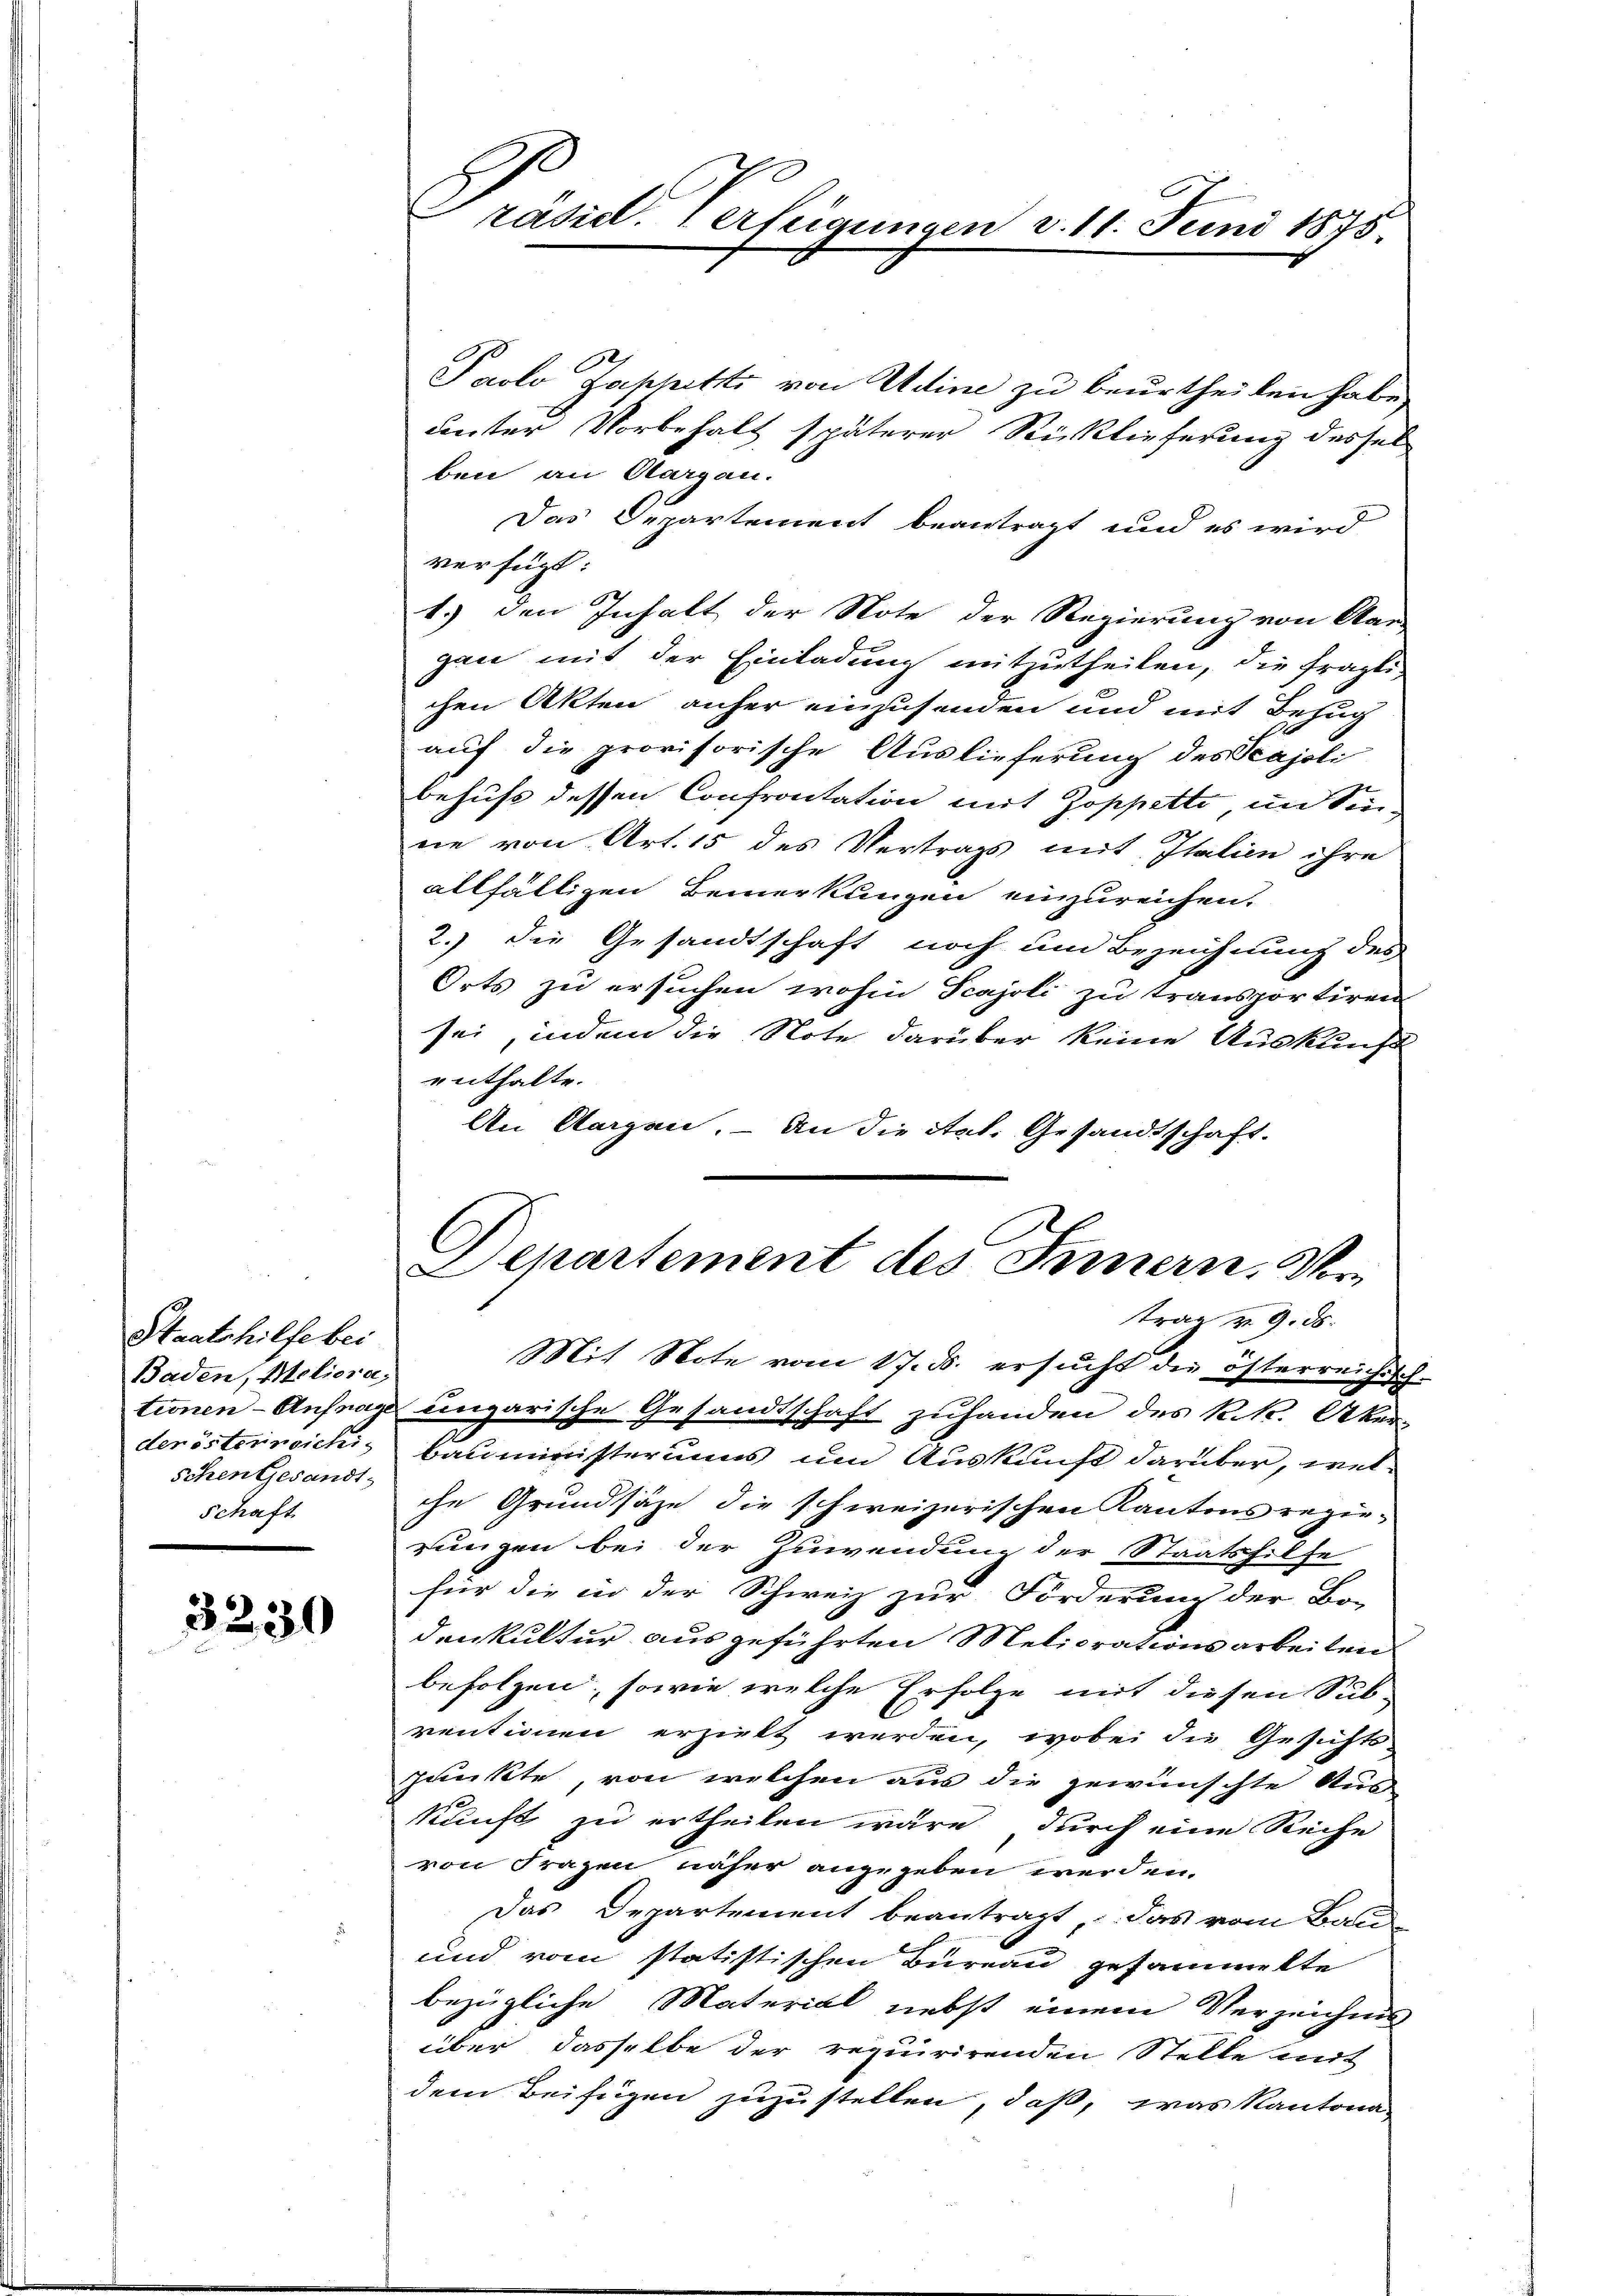
Staatshilfe bei
Baden, Moliora
derösterinsichi¬
Schen Gesandt
Schaft

3230

.

räsid. Verfeigungen v. 11. Juni 1875.

Paolo Jahhitz von Adine zu beurtheilen habe.
unter Vorbehalt späterer Rücklieferung dessel
ben an Aargau.
Das Departement beantragt und es wird
verfügt:
1.) den Inhalt der Note der Regierung von Aar-
gan mit der Einladung mitzutheilen, die fragti-
chen Akten anher einzusenden und mit Bezug
auf die provisorische Auslieferung des Scajoli
behufs dessen Confrontation mit Zoppetto, in Seinie von Art. 15 des Vertrags mit Italien ihre
allfälligen Bemerkungen einzureichen.
2.) die Gesandtschaft noch um Bezeichnung des
Orts zu ersuchen wohin Scajoli zu transportiren
sei, indem die Note darüber keine Ausklucht
enthalte.
An Aargau. – An die Art. Gesandtschaft.
C
Departement des Innern, Vertrag v. 9. ds.
Mit Note vom 17. ds. ersucht die österreichisch-
tionen - Anfrage eingarische Gesandtschaft zuhanden des k.k. Aker-
Bauministeriums und Auskunft darüber, welche Grundsäze die schweizerischen Kantons rezie-
rungen bei der Zuwendung der Staatshilfe
für die in der Schweiz zur Forderung der Bo-
denkultur ausgeführten Meliorationsarbeiten
befolgen, sowie welche Erfolge mit diesen Sub-
ventionen erzielt werden, wobei die Gesichts-
punkte, von welchen aus die gewünschte Aus-
kunft zu ertheilen wäre durch eine Reihe
von Fragen näher angegeben werden.
Das Departement beantragt, das vom Bau-
und vom statistischen Bureau gesammelte
bezügliche Material nebst einem Verzeichnis
über dasselbe der requirirenden Stelle mit
dem Beifügen zuzustellen, daß, was Kantona